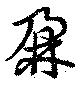
鼐